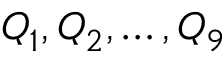
\boldsymbol { Q } _ { 1 } , \boldsymbol { Q } _ { 2 } , \dots , \boldsymbol { Q } _ { 9 }